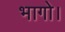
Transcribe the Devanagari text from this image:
भागो।